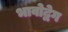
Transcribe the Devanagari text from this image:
भावोद्वेग